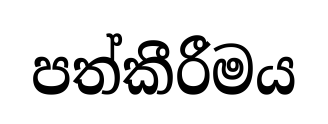
පත්කීරීමය